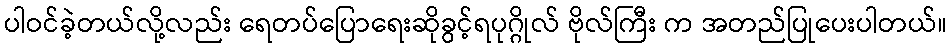
ပါဝင်ခဲ့တယ်လို့လည်း ရေတပ်ပြောရေးဆိုခွင့်ရပုဂ္ဂိုလ် ဗိုလ်ကြီး က အတည်ပြုပေးပါတယ်။